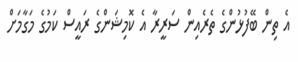
އެ ތިން ބޭފުޅުންގެ ތެރެއިން ސަރީރާ އެ ކޮމިޝަންގެ ރައީސް ކަމުގެ މަގާމަށް